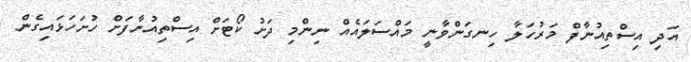
އަދި އިސްތިއުނާފް މަރުހަލާ ހިނގަންވާނީ މައްސަލައެއް ނިންމި ދަށު ކޯޓަށް އިސްތިއުނާފަށް ހުށަހަޅައިގެން